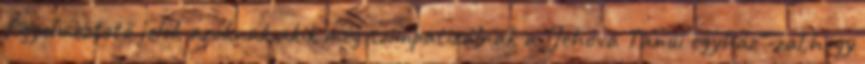
figyelmeztető jelek azoknak,akik még szimpatizálnak a "Jehova Tanúi egyház"-zal,hogy